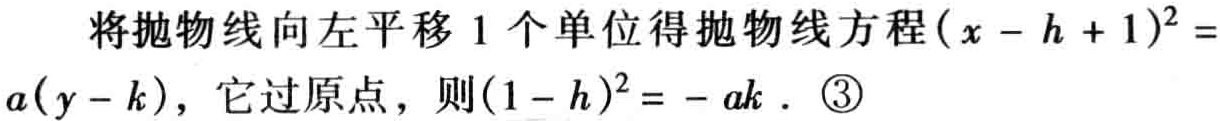
将抛物线向左平移 1 个单位得抛物线方程\((x - h + 1)^2 = a(y - k)\)，它过原点，则\((1 - h)^2 = -ak\) . \textcircled{3}